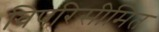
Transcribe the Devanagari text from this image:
विपरिसीमित